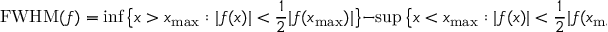
\mathrm { F W H M } ( f ) = \operatorname* { i n f } \big \{ x > x _ { \mathrm { m a x } } : | f ( x ) | < \frac { 1 } { 2 } | f ( x _ { \mathrm { m a x } } ) | \big \} - \operatorname* { s u p } \big \{ x < x _ { \mathrm { m a x } } : | f ( x ) | < \frac { 1 } { 2 } | f ( x _ { \mathrm { m a x } } ) | \big \} .